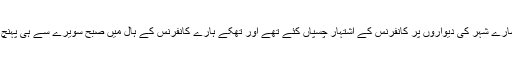
تو عام ہال میں بڑی مشکل سے ہم نے دو ڈھائی سو روپے جمع کئے تھے رات بھر سارے شہر کی دیواروں پر کانفرنس کے اشتہار چسپاں کئے تھے اور تھکے ہارے کانفرنس کے ہال میں صبح سویرے سے ہی پہنچ گئے تھے کہ شاید ایسا نہ ہو پندرہ بیس آدمیوں سے زیادہ اس میں شریک بھی نہ ہوں۔